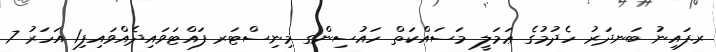
ރ.ފައިނު ބަނދަރު ހެދުމުގެ ޢަމަލީ މަސައްކަތް ހައުސިންގ މިނިސްޓަރ ފައްޓަވައިދެއްވައިފި1 އަހަރު 7